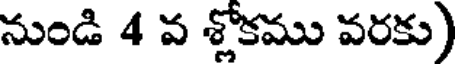
నుండి 4 వ శ్లోకము వరకు)